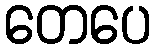
တေပေ